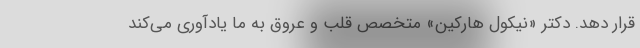
قرار دهد. دکتر «نیکول هارکین» متخصص قلب و عروق به ما یادآوری می‌کند